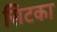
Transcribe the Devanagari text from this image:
सिटका